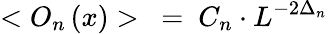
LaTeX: <O_{n}\left(x\right)>~=~C_{n}\cdot{L^{-2\Delta_{n}}}